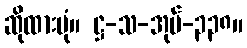
ဆိုထားပုံ။ ဋ္ဌ-သ-အုပ်-၃၃၈။